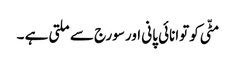
مٹّی کو توانائی پانی اور سورج سے ملتی ہے ۔